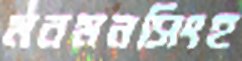
মনমনসিংহ